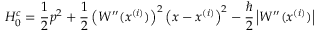
H _ { 0 } ^ { c } = \frac { 1 } { 2 } p ^ { 2 } + \frac { 1 } { 2 } \left( W ^ { \prime \prime } ( x ^ { ( i ) } ) \right) ^ { 2 } \left( x - x ^ { ( i ) } \right) ^ { 2 } - \frac { \hbar } { 2 } \left| W ^ { \prime \prime } ( x ^ { ( i ) } ) \right|